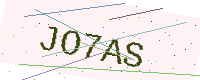
Text: JO7AS